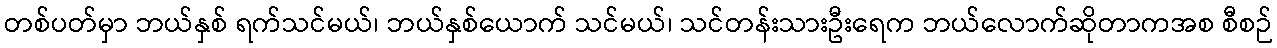
တစ်ပတ်မှာ ဘယ်နှစ် ရက်သင်မယ်၊ ဘယ်နှစ်ယောက် သင်မယ်၊ သင်တန်းသားဦးရေက ဘယ်လောက်ဆိုတာကအစ စီစဉ်